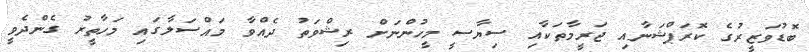
ބޮޑުވަޒީރުގެ ކޮރަޕްޝަނާއި ޖަރީމާތަކާއި ސިޔާސީ މީހުންނަށް ރިޝްވަތު ދެއްވާ މައްސަލާގައި މަހާތީރު ގެންދެވީ